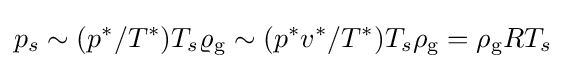
p_{s}\sim (p^{*}/T^{*})T_{s}\varrho _{\text{g}}\sim (p^{*}v^{*}/T^{*})T_{s}\rho _{\text{g}}=\rho _{\text{g}}RT_{s}